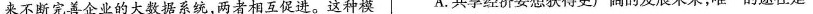
来不断完善企业的大数据系统，两者相互促进。这种模 A.共享经济要想获得更广阔的发展未来，唯一的途径是